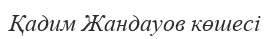
Қадим Жандауов көшесі